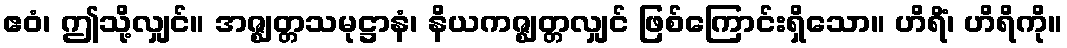
ဧဝံ၊ ဤသို့လျှင်။ အဇ္ဈတ္တသမုဋ္ဌာနံ၊ နိယကဇ္ဈတ္တလျှင် ဖြစ်ကြောင်းရှိသော။ ဟိရိံ၊ ဟိရိကို။